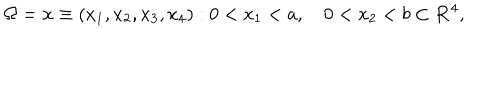
\Omega = { { \bf x } \equiv ( x _ { 1 } , x _ { 2 } , x _ { 3 } , x _ { 4 } ) : 0 < x _ { 1 } < a , \quad 0 < x _ { 2 } < b } \subset { \bf R } ^ { 4 } ,